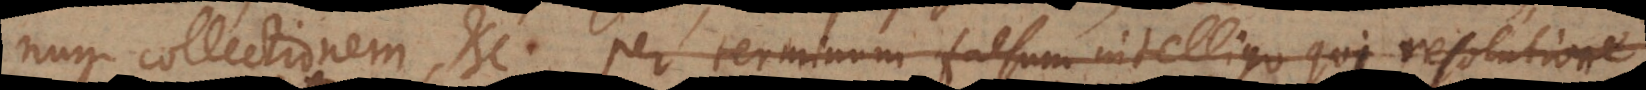
num collectionem, etc. Per terminum falsum intelligo qui resolutione